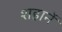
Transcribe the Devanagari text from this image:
शहानें